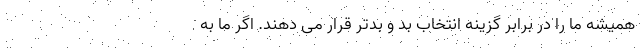
همیشه ما را در برابر گزینه انتخاب بد و بدتر قرار می دهند. اگر ما به